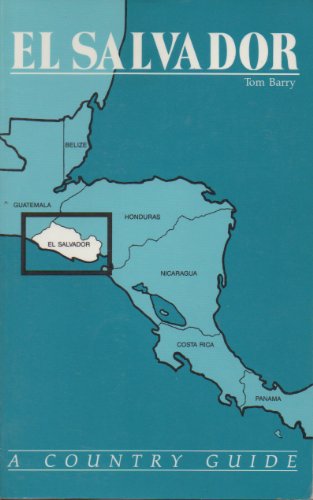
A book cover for El Salvador: A Country Guide; Tom Barry; Travel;